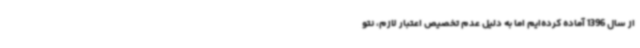
از سال 1396 آماده کرده‌ایم اما به دلیل عدم تخصیص اعتبار لازم، نتو